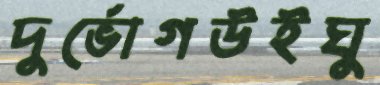
দুর্ভোগউইঘু